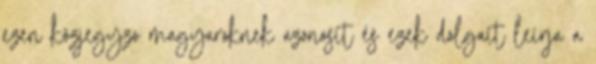
ezen közjegyzo magyaroknek azonosít és ezek dolgait leírja a